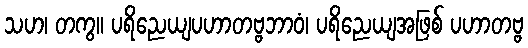
သဟ၊ တကွ။ ပရိညေယျပဟာတဗ္ဗဘာဝံ၊ ပရိညေယျအဖြစ် ပဟာတဗ္ဗ